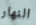
النهار